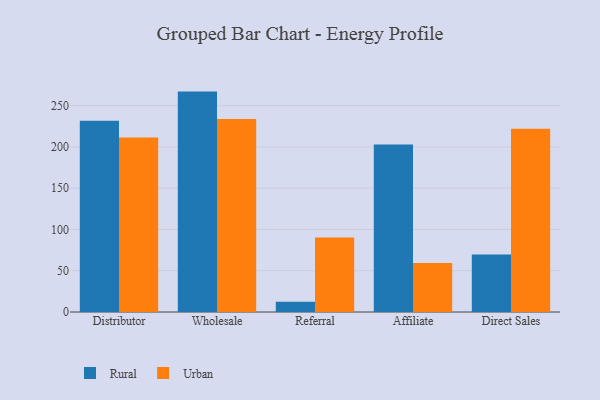
{"axis": {"x": "Channel", "y": "Page Views"}, "legend": ["Rural", "Urban"], "data": [{"x": "Distributor", "y": 231.8, "type": "Rural"}, {"x": "Distributor", "y": 211.3, "type": "Urban"}, {"x": "Wholesale", "y": 267.0, "type": "Rural"}, {"x": "Wholesale", "y": 233.9, "type": "Urban"}, {"x": "Referral", "y": 12.4, "type": "Rural"}, {"x": "Referral", "y": 90.2, "type": "Urban"}, {"x": "Affiliate", "y": 202.9, "type": "Rural"}, {"x": "Affiliate", "y": 59.4, "type": "Urban"}, {"x": "Direct Sales", "y": 69.7, "type": "Rural"}, {"x": "Direct Sales", "y": 221.9, "type": "Urban"}]}